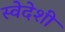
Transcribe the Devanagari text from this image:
स्वेदेशी